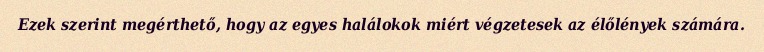
Ezek szerint megérthető, hogy az egyes halálokok miért végzetesek az élőlények számára.